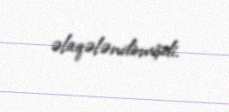
əlaqələndirmişdi.